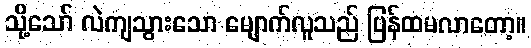
သို့သော် လဲကျသွားသော မျောက်လူသည် ပြန်ထမလာတော့။